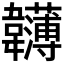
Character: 𩏵